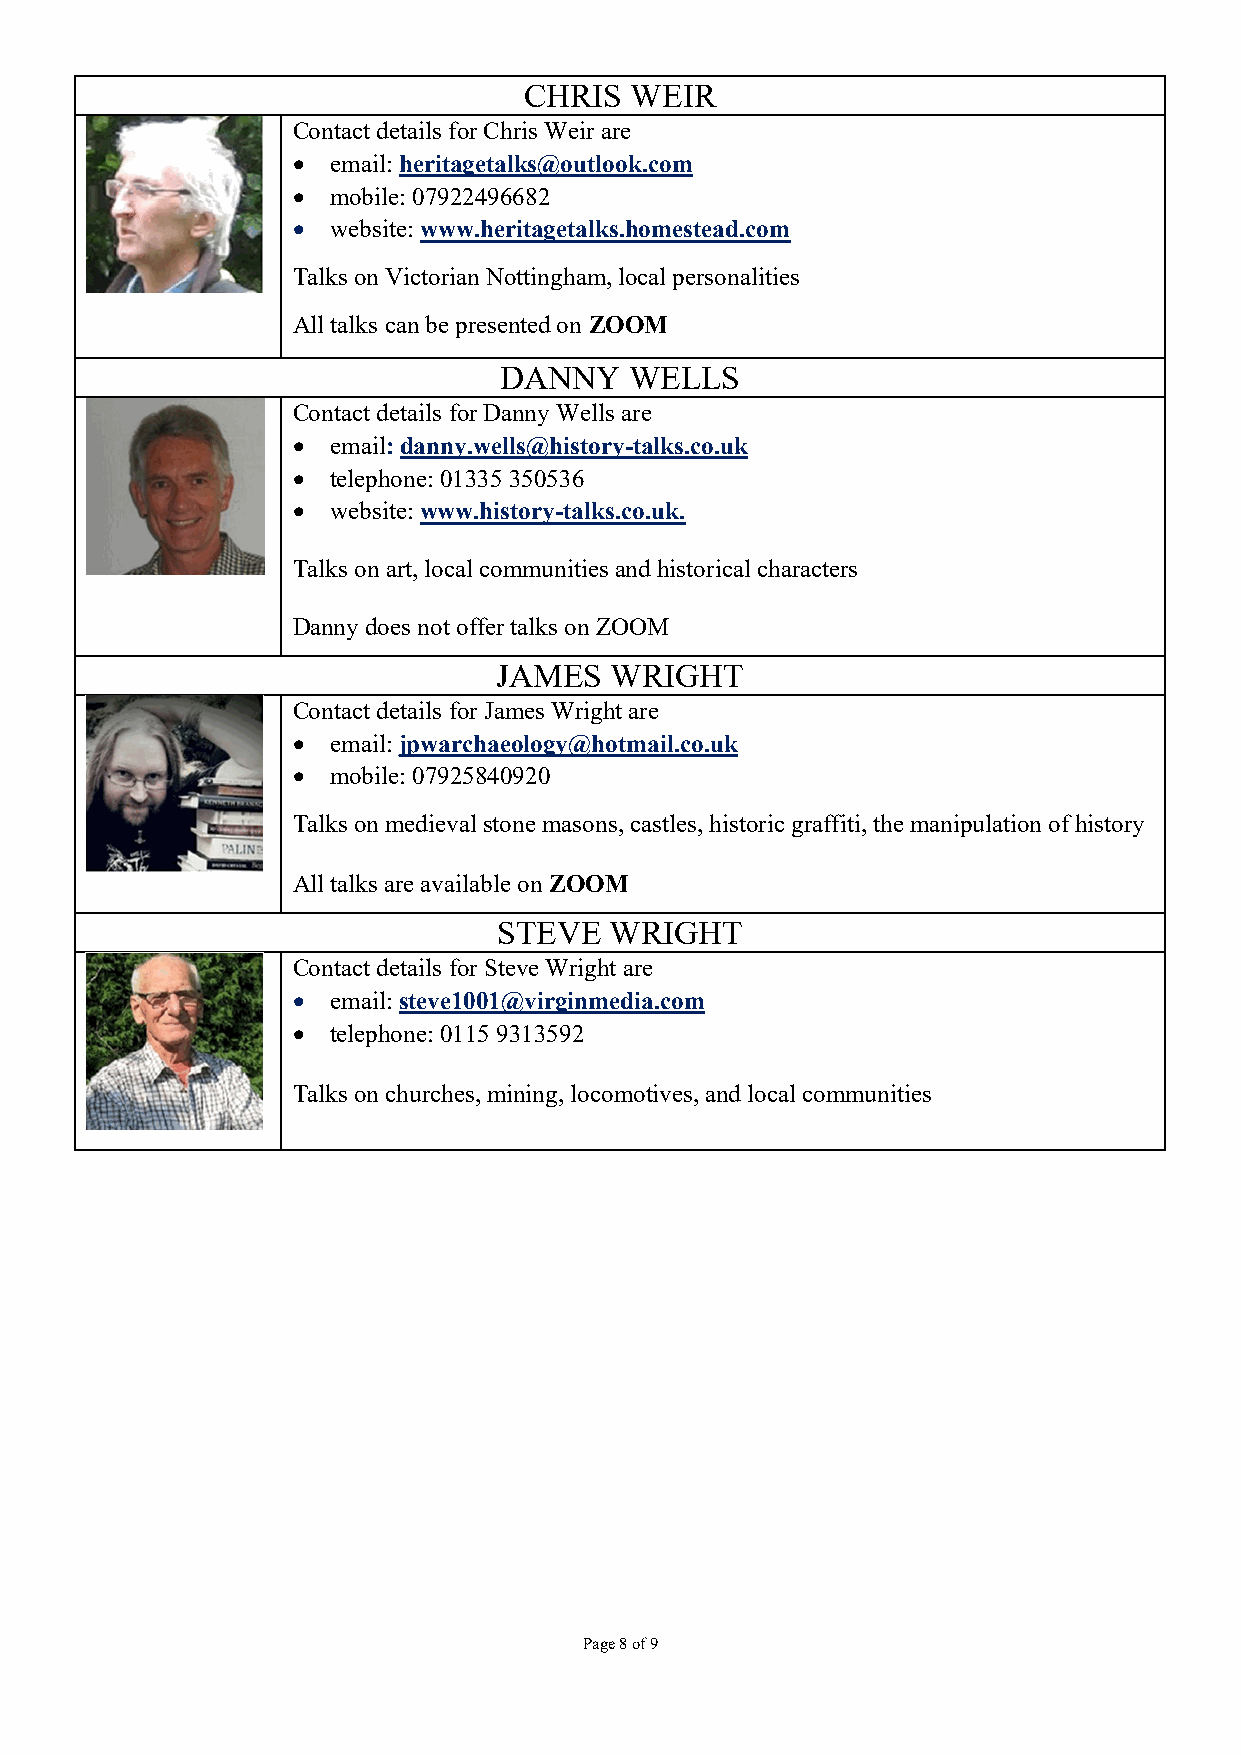
CHRIS  WEIR
 Contact details for Chris Weir are
   email: heritagetalks@outlook.com
   mobile: 07922496682
   website: www.heritagetalks.homestead.com
 Talks on Victorian Nottingham, local personalities
 All talks can be presented on ZOOM
 DANNY    WELLS
 Contact details for Danny Wells are
   email: danny.wells@history-talks.co.uk
   telephone: 01335 350536
   website: www.history-talks.co.uk.
 Talks on art, local communities and historical characters
 Danny does not offer talks on ZOOM
 JAMES  WRIGHT
 Contact details for James Wright are
   email: jpwarchaeology@hotmail.co.uk
   mobile: 07925840920
 Talks on medieval stone masons, castles, historic graffiti, the manipulation of history
 All talks are available on ZOOM
 STEVE  WRIGHT
 Contact details for Steve Wright are
   email: steve1001@virginmedia.com
   telephone: 0115 9313592
 Talks on churches, mining, locomotives, and local communities
 Page 8 of 9